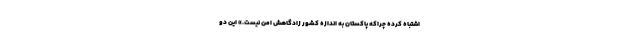
اشتباه کرده چراکه پاکستان به اندازه کشور زادگاهش امن نیست.» این دو